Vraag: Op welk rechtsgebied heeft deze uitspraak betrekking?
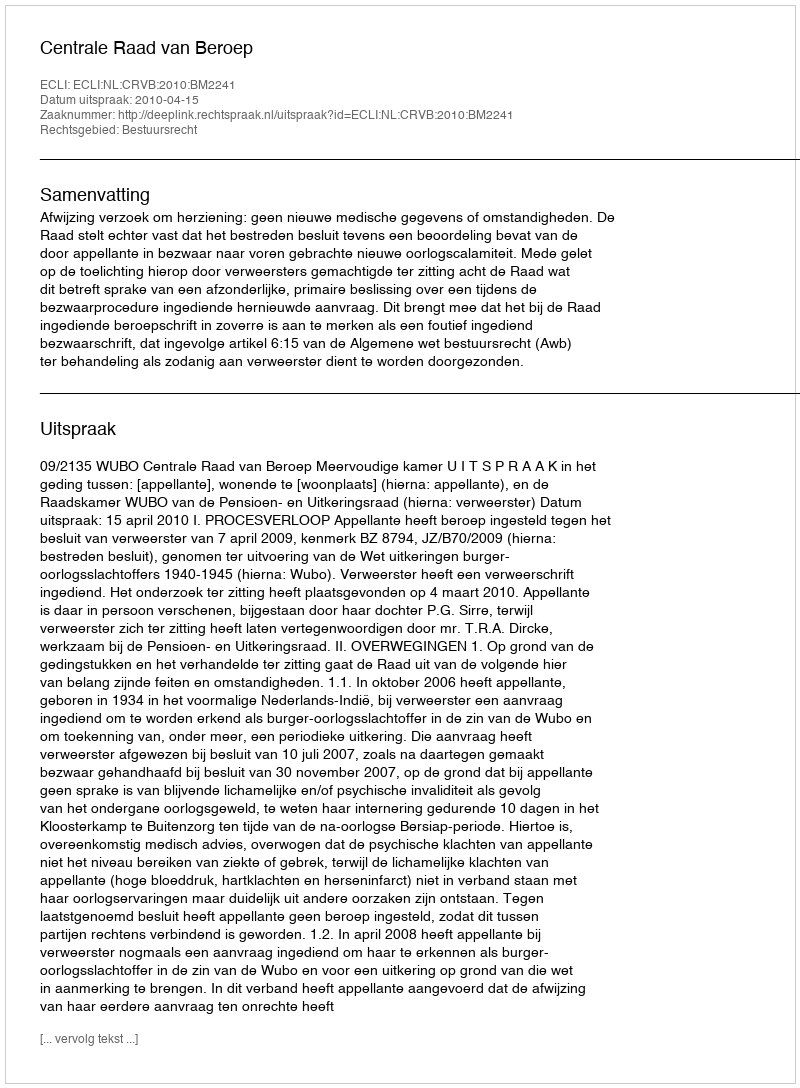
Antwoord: Bestuursrecht